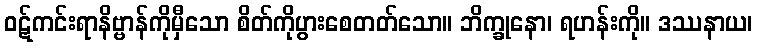
ဝဋ်ကင်းရာနိဗ္ဗာန်ကိုမှီသော စိတ်ကိုပွားစေတတ်သော။ ဘိက္ခုနော၊ ရဟန်းကို။ ဒဿနာယ၊